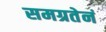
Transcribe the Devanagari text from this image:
समग्रतेनं